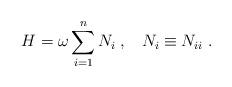
LaTeX: \begin{align*}H=\omega\sum_{i=1}^{n}N_{i}\;,\;\;\;N_{i}\equiv N_{ii}\;.\end{align*}